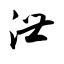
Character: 泄